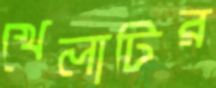
খেলাটির